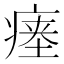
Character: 瘗